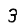
Digit: 3